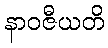
နာဝဇီယတိ